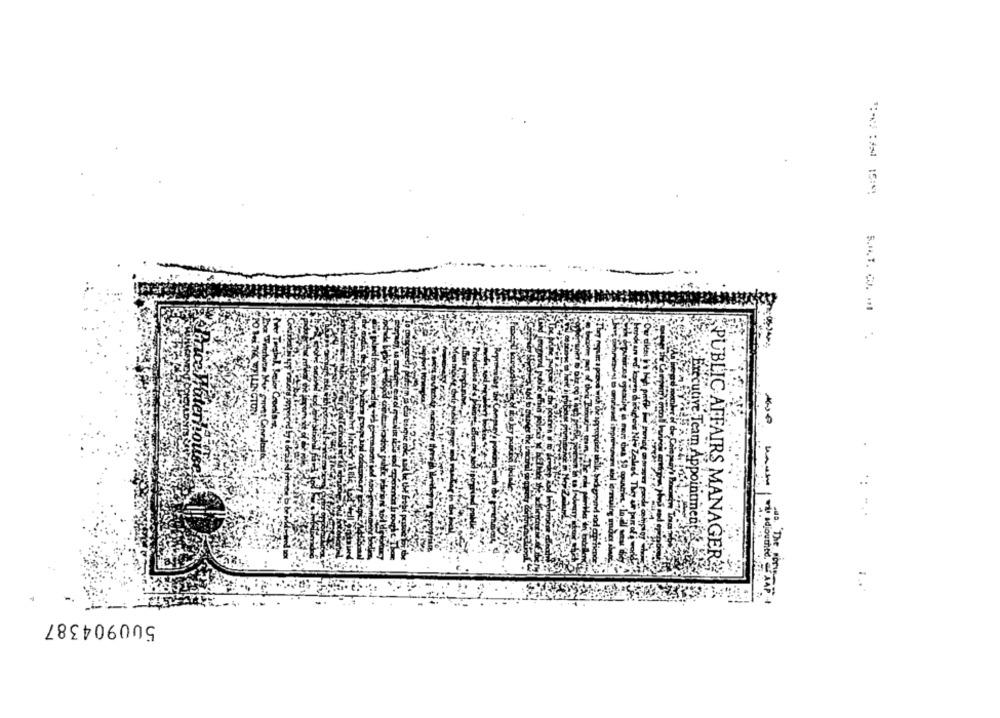
S.H. T. C). .
erzijn
frecutive Team Appointmen
PUBLIC AFFAIRS MANAGER;
rua. The pory
wil adjourned 'AAF +
500904387